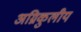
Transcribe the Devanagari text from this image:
अग्निकुलीय